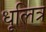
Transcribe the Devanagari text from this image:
धूलित्र